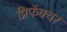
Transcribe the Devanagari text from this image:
प्रिफॅक्चर